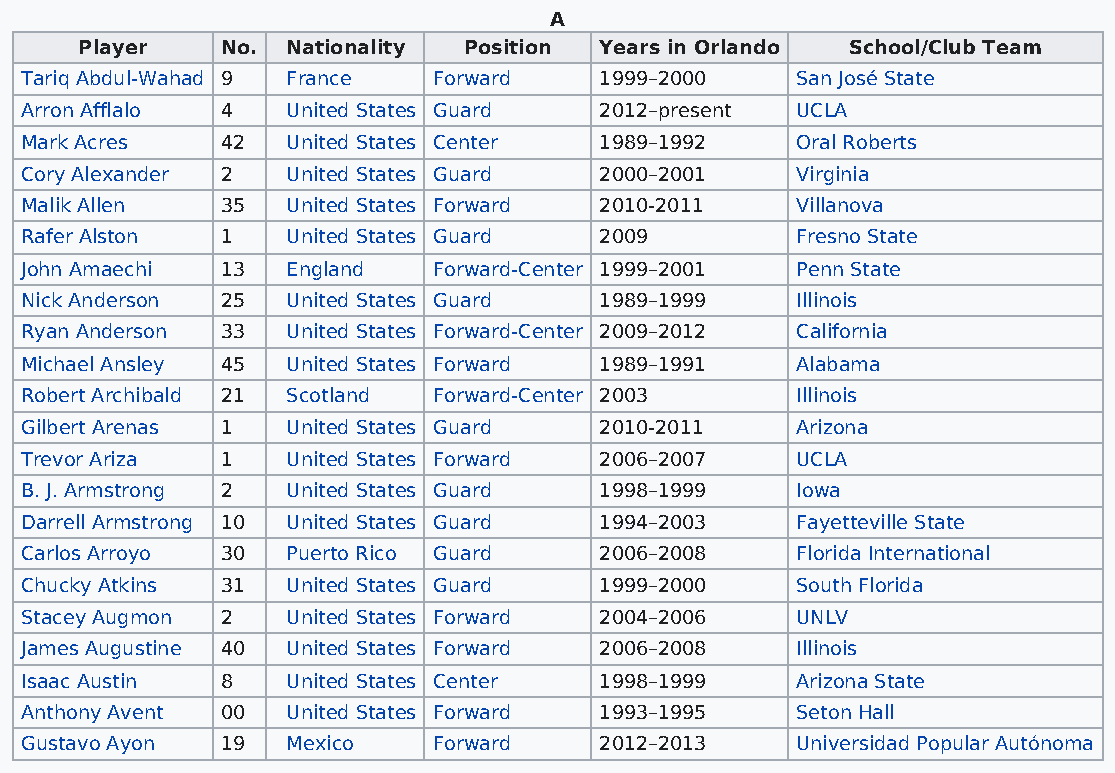
A
 Player    No. Nationality Position Years in Orlando School/Club Team
 Tariq Abdul-Wahad 9 France  Forward    1999–2000    San José State
 Arron Afflalo 4   United States Guard  2012–present UCLA
 Mark Acres    42  United States Center 1989–1992    Oral Roberts
 Cory Alexander 2  United States Guard  2000–2001    Virginia
 Malik Allen   35  United States Forward 2010-2011   Villanova
 Rafer Alston  1   United States Guard  2009         Fresno State
 John Amaechi  13  England   Forward-Center 1999–2001 Penn State
 Nick Anderson 25  United States Guard  1989–1999    Illinois
 Ryan Anderson 33  United States Forward-Center 2009–2012 California
 Michael Ansley 45 United States Forward 1989–1991   Alabama
 Robert Archibald 21 Scotland Forward-Center 2003    Illinois
 Gilbert Arenas 1  United States Guard  2010-2011    Arizona
 Trevor Ariza  1   United States Forward 2006–2007   UCLA
 B. J. Armstrong 2 United States Guard  1998–1999    Iowa
 Darrell Armstrong 10 United States Guard 1994–2003  Fayetteville State
 Carlos Arroyo 30  Puerto Rico Guard    2006–2008    Florida International
 Chucky Atkins 31  United States Guard  1999–2000    South Florida
 Stacey Augmon 2   United States Forward 2004–2006   UNLV
 James Augustine 40 United States Forward 2006–2008  Illinois
 Isaac Austin  8   United States Center 1998–1999    Arizona State
 Anthony Avent 00  United States Forward 1993–1995   Seton Hall
 Gustavo Ayon  19  Mexico    Forward    2012–2013    Universidad Popular Autónoma